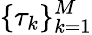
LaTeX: \{ \tau_{k}\} _{k=1}^{M}